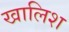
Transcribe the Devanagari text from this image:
खालिश